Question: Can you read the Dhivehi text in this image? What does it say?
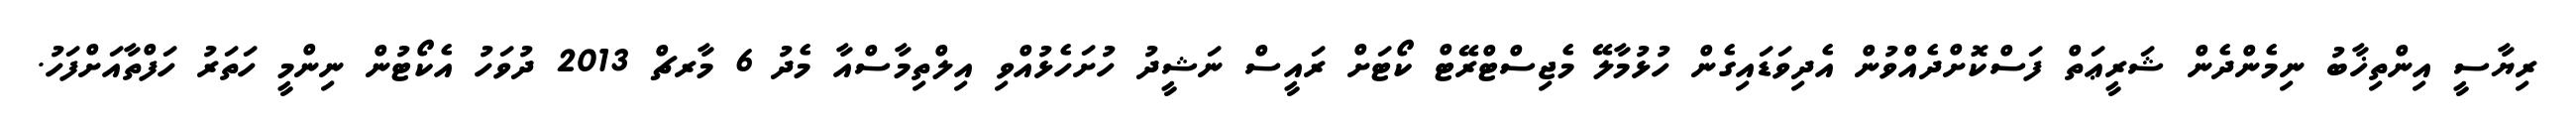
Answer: ރިޔާސީ އިންތިޚާބު ނިމެންދެން ޝަރީޢަތް ފަސްކޮށްދެއްވުން އެދިވަޑައިގެން ހުޅުމާލޭ މެޖިސްޓްރޭޓް ކޯޓަށް ރައީސް ނަޝީދު ހުށަހެޅުއްވި އިލްތިމާސްއާ މެދު 6 މާރޗް 2013 ދުވަހު އެކޯޓުން ނިންމީ ހަތަރު ހަފްތާއަށްފަހު.